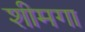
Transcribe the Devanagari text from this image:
शीमगा